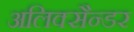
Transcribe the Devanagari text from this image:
अलिक्सैन्डर